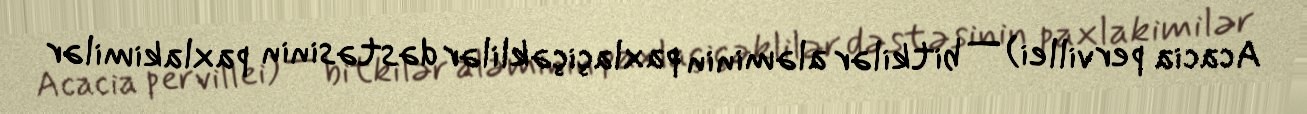
Acacia pervillei) — bitkilər aləminin paxlaçiçəklilər dəstəsinin paxlakimilər